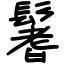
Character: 鬐